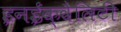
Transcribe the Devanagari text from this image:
इनईक्वैलिटी